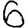
Digit: 6